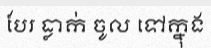
បែរ ធ្លាក់ ចូល ទៅក្នុង